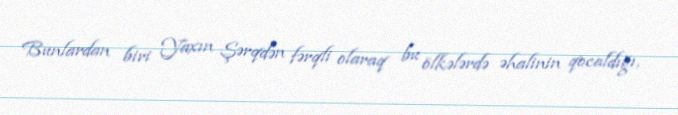
Bunlardan biri Yaxın Şərqdən fərqli olaraq bu ölkələrdə əhalinin qocaldığı,